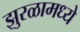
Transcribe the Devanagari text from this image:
झुरळामध्ये